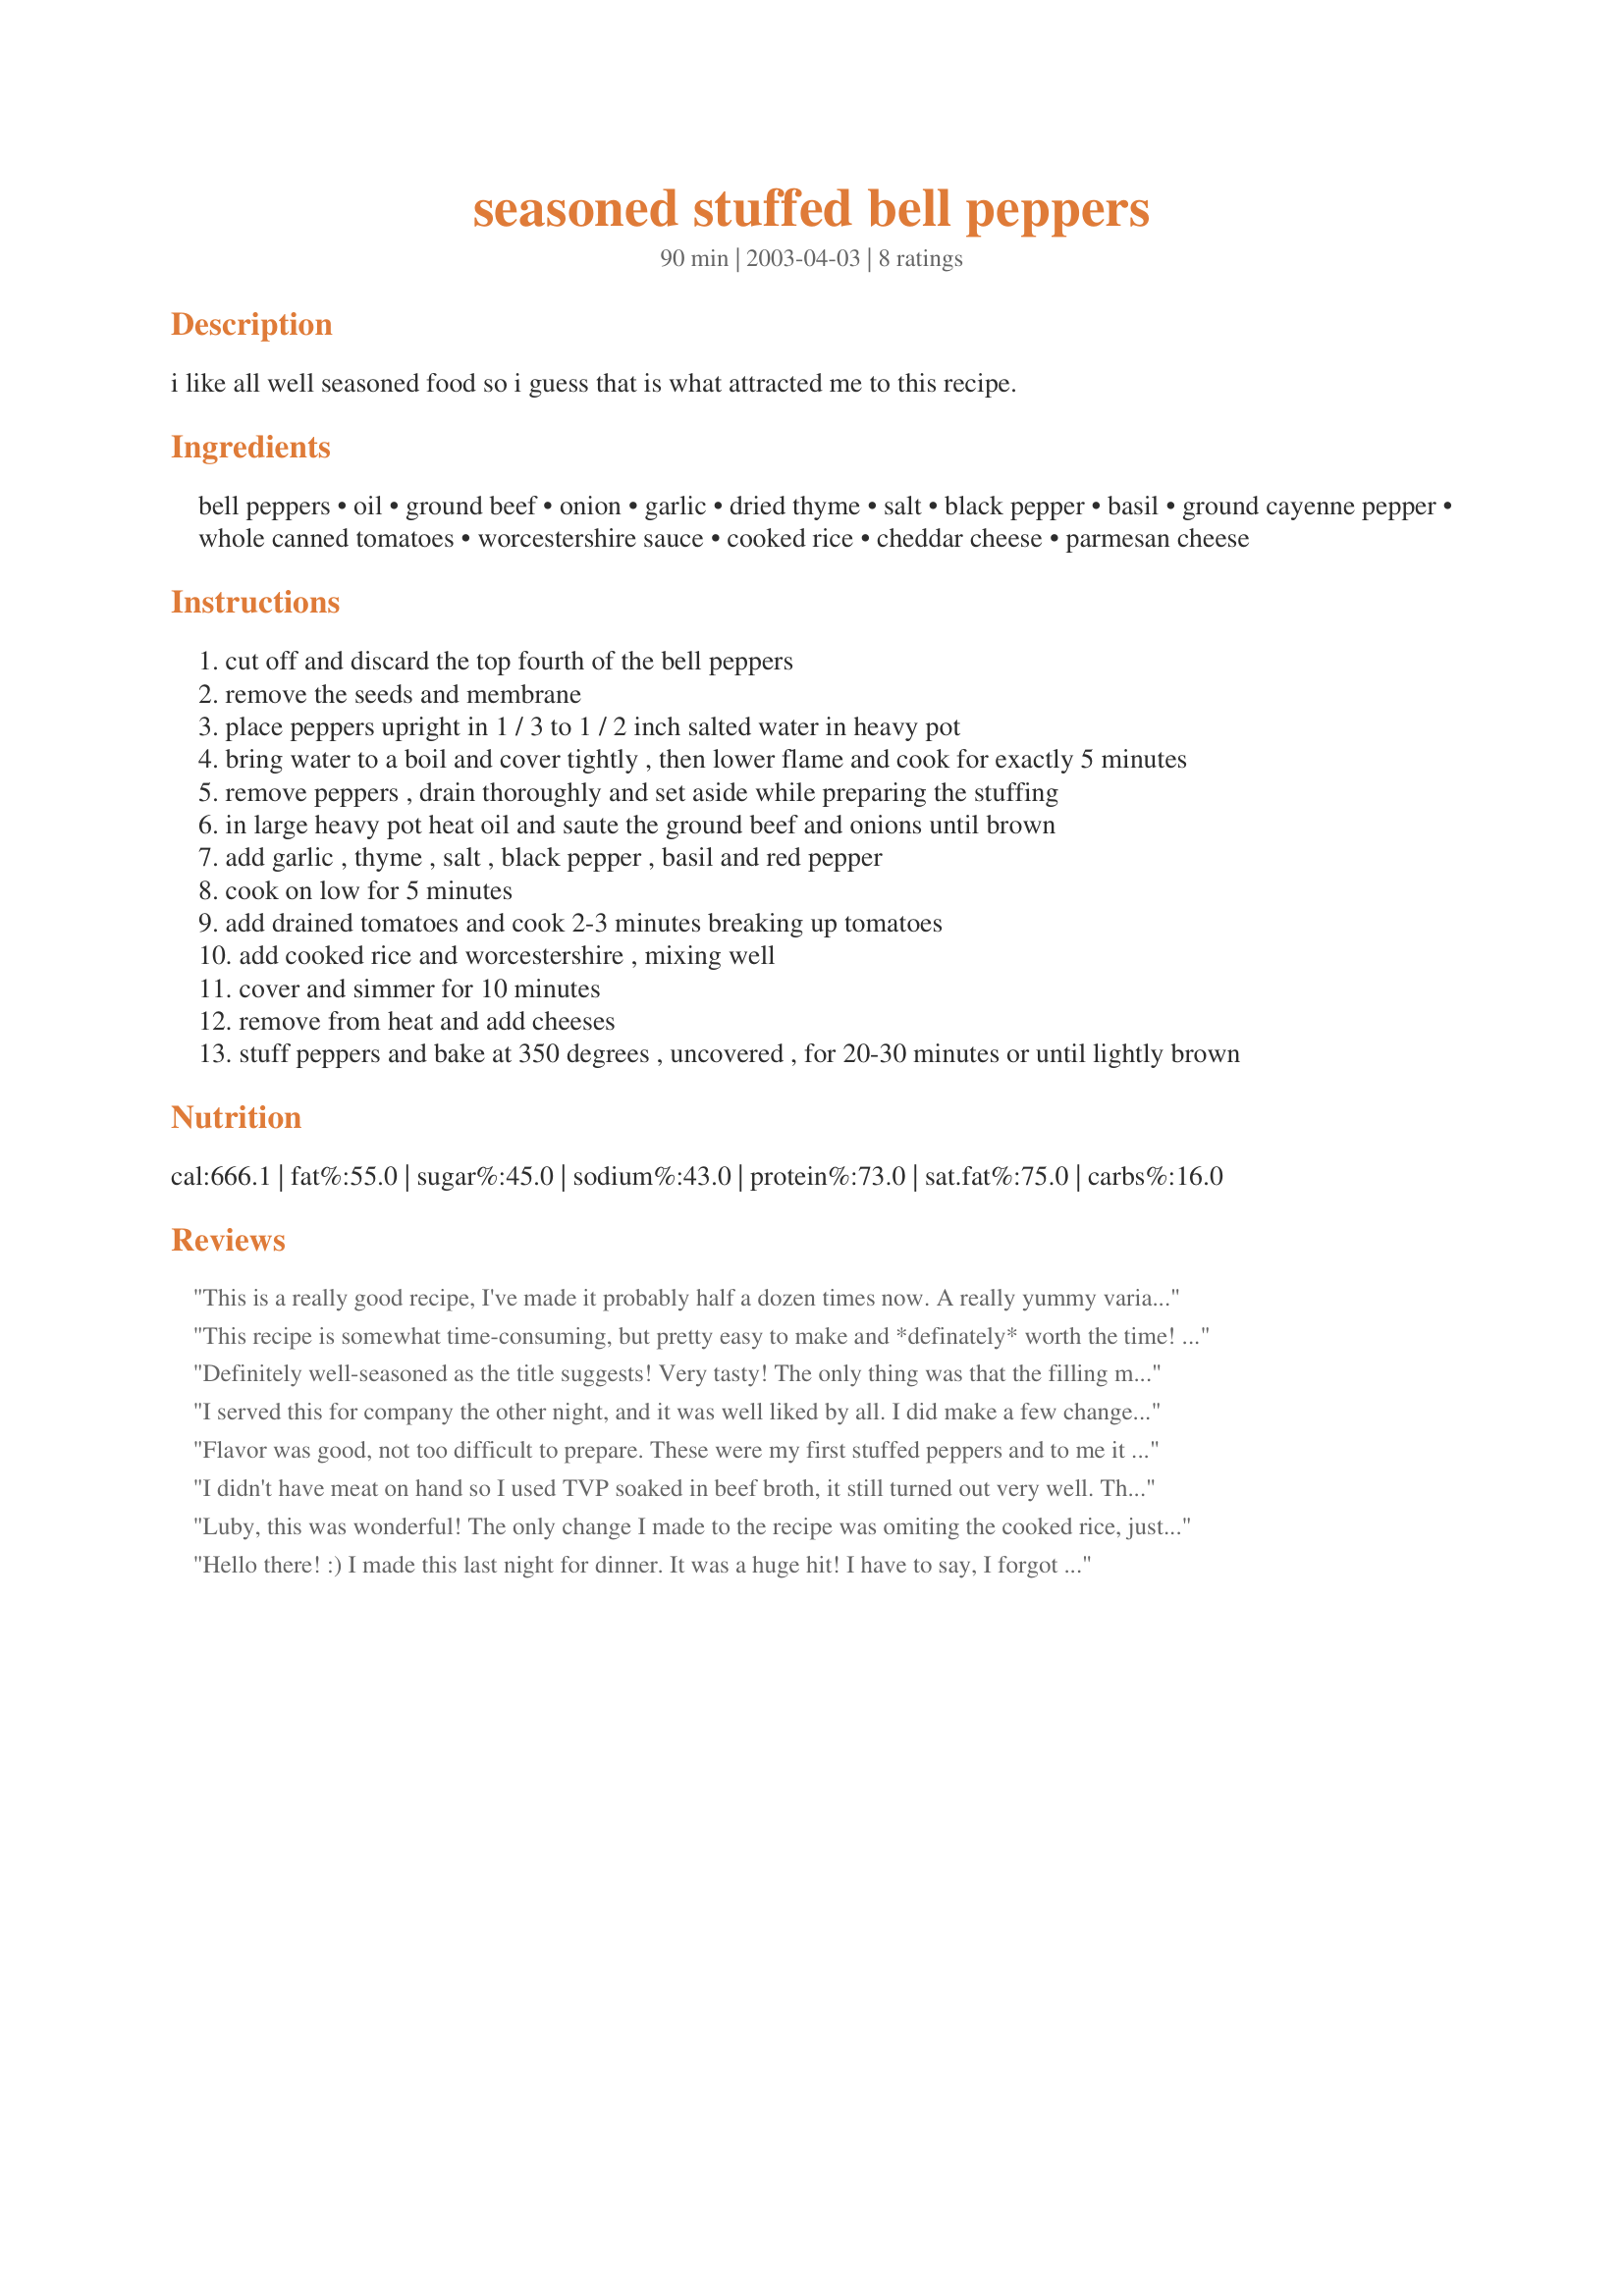
seasoned stuffed bell peppers
Preparation time: 90 minutes

i like all well seasoned food so i guess that is what attracted me to this recipe.

Ingredients:
bell peppers, oil, ground beef, onion, garlic, dried thyme, salt, black pepper, basil, ground cayenne pepper, whole canned tomatoes, worcestershire sauce, cooked rice, cheddar cheese, parmesan cheese

Steps:
cut off and discard the top fourth of the bell peppers
remove the seeds and membrane
place peppers upright in 1 / 3 to 1 / 2 inch salted water in heavy pot
bring water to a boil and cover tightly , then lower flame and cook for exactly 5 minutes
remove peppers , drain thoroughly and set aside while preparing the stuffing
in large heavy pot heat oil and saute the ground beef and onions until brown
add garlic , thyme , salt , black pepper , basil and red pepper
cook on low for 5 minutes
add drained tomatoes and cook 2-3 minutes breaking up tomatoes
add cooked rice and worcestershire , mixing well
cover and simmer for 10 minutes
remove from heat and add cheeses
stuff peppers and bake at 350 degrees , uncovered , for 20-30 minutes or until lightly brown

Reviews:
This is a really good recipe, I've made it probably half a dozen times now. A really yummy variation is to use chicken cut into 1/2 inch cubes instead of beef, use about 4-5 sundried tomatoes halves (reconstituted if dried) instead of the canned tomatoes and reverse the amount of cheeses (use 1 cup parmesan and 1/3 cup cheddar).
This recipe is somewhat time-consuming, but pretty easy to make and *definately* worth the time! My husband and I like really spicy food, so I trippled the garlic and cayenne, and I also added 1/2 - 3/4 tsp. red pepper flakes! The only problem that I had was that we only had diced tomatoes here, and without thinking things through, I drained all the juice from the can. Not having any tomato sauce on hand, I ended up just adding some water later.
Definitely well-seasoned as the title suggests! Very tasty! The only thing was that the filling mixture seemed too "sticky" at the end of simmering. I remedied that by adding 8 oz of tomato sauce (and a pinch of sugar) and it was just right. I sprinkled a little of that parmesan on top of the stuffed peppers before baking. I cut my bell peppers the long way and stuff them...... just to get smaller, more kid-sized portions. I'll certainly use this recipe again and just continue to add the tomato sauce and sugar. Thanx so much for sharing this!
I served this for company the other night, and it was well liked by all. I did make a few changes. I used ground turkey and Italian chicken sausage instead of hamburger and I used Italian blend cheese instead of cheddar. Also added a can of tomato sauce to the mixture. Thanks for the wonderful recipe!
Flavor was good, not too difficult to prepare. These were my first stuffed peppers and to me it was just TOO much pepper for me, I dumped the second one out and only ate the filling.
I didn't have meat on hand so I used TVP soaked in beef broth, it still turned out very well. This was really great, and I'm not usually a stuffed pepper fan... I came looking for a recipe that didn't involve tomato paste and sugar, and this was excellent.
Luby, this was wonderful! The only change I made to the recipe was omiting the cooked rice, just because my husband doesn't like rice in his stuffed peppers. He's strange! Anyway, I thought it was delicious and loved the flavor. I will definitely make these peppers again. Thanks Luby!
Hello there! :)

I made this last night for dinner. It was a huge hit! I have to say, I forgot to use the Worcestershire sauce and parm cheese. That wasn't intentional, since I had both. I think I was just in a hurry. Parsley cut her peppers length-wise, so did I. I have done that for a couple years now. For me, they are easier to serve that way.

I cooked my rice in beef broth, with a little garlic powder and italian seasoning. After that was done, I added chopped stewed tomatoes, since that was all I had on hand, and a bit of tomato sauce.. not much though.

Something else, I didn't cook my peppers before hand. After I stuff them, I like to add some water (about 3/4 of an inch from the bottom). It seems to cook the peppers more evenly.

I added a bit of cheddar cheese to the top of the peppers about 5 minutes before they came out of the oven. On the side, were roasted potato slices. 

Thank you so much for the yummy recipe. Next time I make it, I'll make sure to add the things I forgot to include.
